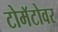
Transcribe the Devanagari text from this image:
टोमॅटोवर